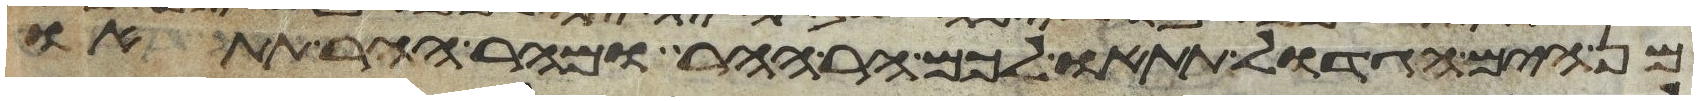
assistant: מן הים הגדול תתאו לכם הר ההר ומהר ההר תתאו